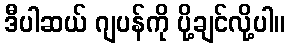
ဒီပါဆယ် ဂျပန်ကို ပို့ချင်လို့ပါ။